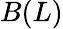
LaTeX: B(L)